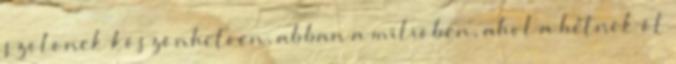
szõlõnek köszönhetõen, abban a miliõben, ahol a hétnek öt